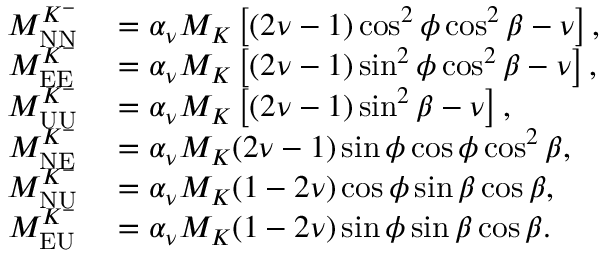
\begin{array} { r l } { M _ { \mathrm { N N } } ^ { K ^ { - } } } & { { } = \alpha _ { \nu } M _ { K } \left[ ( 2 \nu - 1 ) \cos ^ { 2 } \phi \cos ^ { 2 } \beta - \nu \right] , } \\ { M _ { \mathrm { E E } } ^ { K ^ { - } } } & { { } = \alpha _ { \nu } M _ { K } \left[ ( 2 \nu - 1 ) \sin ^ { 2 } \phi \cos ^ { 2 } \beta - \nu \right] , } \\ { M _ { \mathrm { U U } } ^ { K ^ { - } } } & { { } = \alpha _ { \nu } M _ { K } \left[ ( 2 \nu - 1 ) \sin ^ { 2 } \beta - \nu \right] , } \\ { M _ { \mathrm { N E } } ^ { K ^ { - } } } & { { } = \alpha _ { \nu } M _ { K } ( 2 \nu - 1 ) \sin \phi \cos \phi \cos ^ { 2 } \beta , } \\ { M _ { \mathrm { N U } } ^ { K ^ { - } } } & { { } = \alpha _ { \nu } M _ { K } ( 1 - 2 \nu ) \cos \phi \sin \beta \cos \beta , } \\ { M _ { \mathrm { E U } } ^ { K ^ { - } } } & { { } = \alpha _ { \nu } M _ { K } ( 1 - 2 \nu ) \sin \phi \sin \beta \cos \beta . } \end{array}